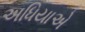
અધિયાએ